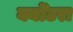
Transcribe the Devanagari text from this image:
क्योँटरा